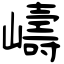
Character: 嶹